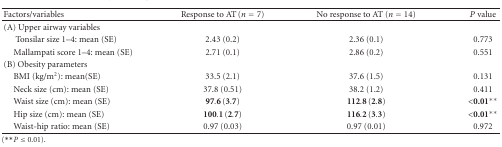
| Factors/variables | Response to AT (n = 7) | No response to AT (n = 14) | P value |
 | --- | --- | --- | --- |
 | (A) Upper airway variables |  |  |  |
 | Tonsilar size 1–4: mean (SE) | 2.43 (0.2) | 2.36 (0.1) | 0.773 |
 | Mallampati score 1–4: mean (SE) | 2.71 (0.1) | 2.86 (0.2) | 0.551 |
 | (B) Obesity parameters |  |  |  |
 | BMI (kg/m2): mean(SE) | 33.5 (2.1) | 37.6 (1.5) | 0.131 |
 | Neck size (cm): mean (SE) | 37.8 (0.51) | 38.2 (1.2) | 0.411 |
 | Waist size (cm): mean (SE) | 97.6 (3.7) | 112.8 (2.8) | <0.01** |
 | Hip size (cm): mean (SE) | 100.1 (2.7) | 116.2 (3.3) | <0.01** |
 | Waist-hip ratio: mean (SE) | 0.97 (0.03) | 0.97 (0.01) | 0.972 |